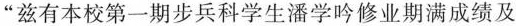
”兹有本校第一期步兵科学生潘学吟修业期满成绩及